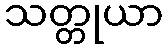
သတ္တုယာ